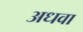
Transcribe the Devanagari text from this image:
अधवा